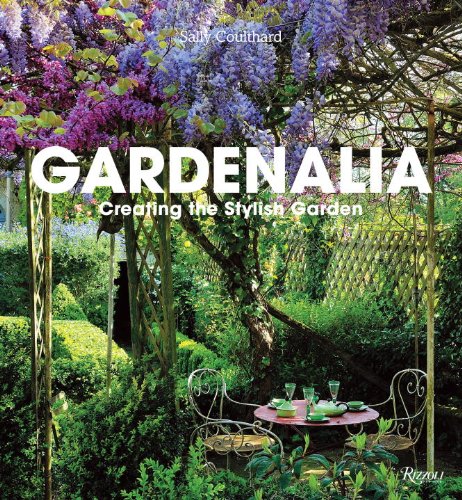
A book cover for Gardenalia: Creating the Stylish Garden; Sally Coulthard; Crafts, Hobbies & Home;